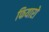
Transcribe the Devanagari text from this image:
फियारो